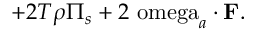
+ 2 T \rho \Pi _ { s } + 2 \mathrm { \ o m e g a } _ { a } \cdot \mathbf { F } .